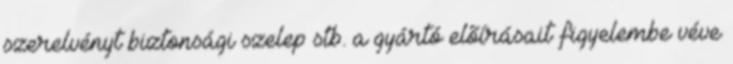
szerelvényt biztonsági szelep stb. a gyártó elõírásait figyelembe véve